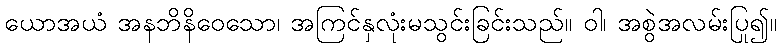
ယောအယံ အနဘိနိဝေသော၊ အကြင်နှလုံးမသွင်းခြင်းသည်။ ဝါ၊ အစွဲအလမ်းပြု၍။